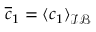
\overline { c } _ { 1 } = \langle c _ { 1 } \rangle _ { \mathcal { I B } }